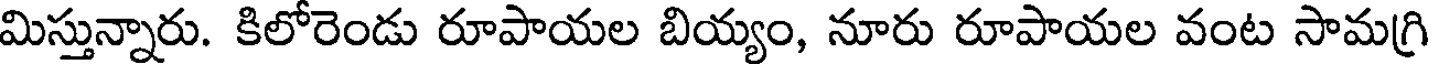
మిస్తున్నారు. కిలోరెండు రూపాయల బియ్యం, నూరు రూపాయల వంట సామగ్రి